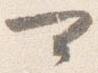
可